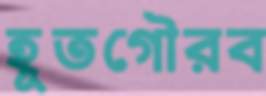
হূতগৌরব